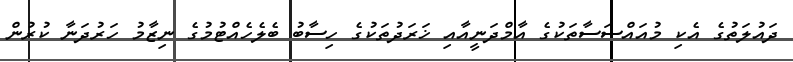
ދައުލަތުގެ އެކި މުއައްސަސާތަކުގެ އާމްދަނީއާއި ޚަރަދުތަކުގެ ހިސާބު ބެލެހެއްޓުމުގެ ނިޒާމު ހަރުދަނާ ކުރުން